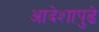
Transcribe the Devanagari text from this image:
आदेशापुढे